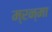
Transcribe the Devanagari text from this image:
म्रन्मा